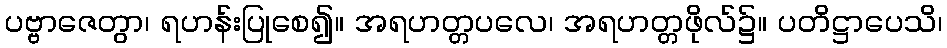
ပဗ္ဗာဇေတွာ၊ ရဟန်းပြုစေ၍။ အရဟတ္တပလေ၊ အရဟတ္တဖိုလ်၌။ ပတိဋ္ဌာပေသိ၊